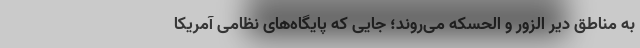
به مناطق دیر الزور و الحسکه می‌روند؛ جایی که پایگاه‌های نظامی آمریکا